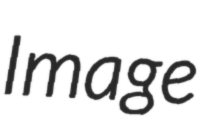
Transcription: Image